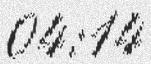
04:14